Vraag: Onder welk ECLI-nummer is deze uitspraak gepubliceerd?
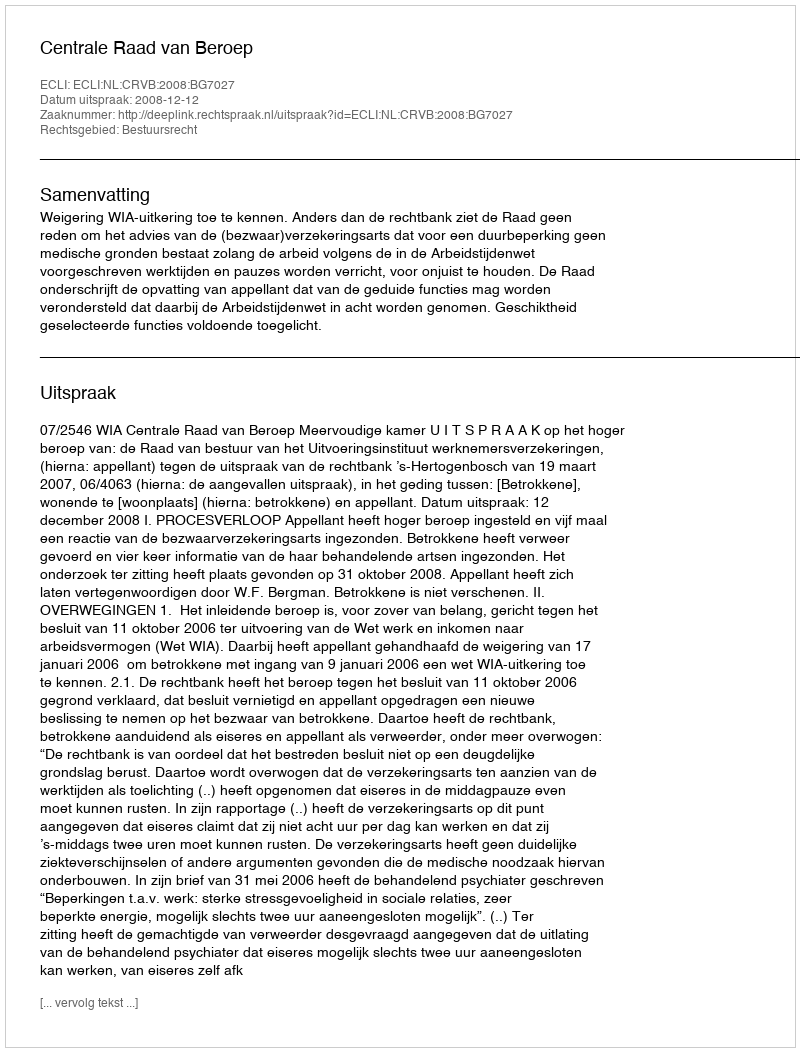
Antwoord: ECLI:NL:CRVB:2008:BG7027